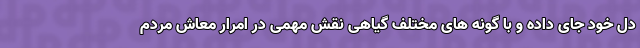
دل خود جای داده و با گونه های مختلف گیاهی نقش مهمی در امرار معاش مردم